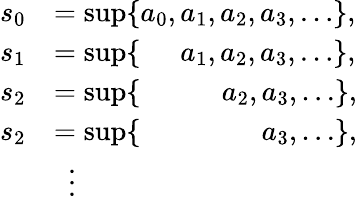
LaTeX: \begin{array}{rl}{s_{0}}&{=\operatorname*{sup}\{ a_{0},a_{1},a_{2},a_{3},\ldots\} ,}\\ {s_{1}}&{=\operatorname*{sup}\{ \phantom{a_{0},}\, a_{1},a_{2},a_{3},\ldots\} ,}\\ {s_{2}}&{=\operatorname*{sup}\{ \phantom{a_{0},a_{1}}\, \, \, a_{2},a_{3},\ldots\} ,}\\ {s_{2}}&{=\operatorname*{sup}\{ \phantom{a_{0},a_{1},a_{2}}\, \, \, a_{3},\ldots\} ,}\\ {\, \, \, }&{\, \, \, \vdots}\end{array}